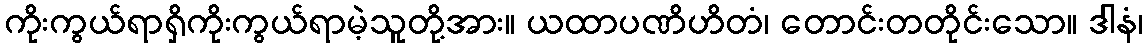
ကိုးကွယ်ရာရှိကိုးကွယ်ရာမဲ့သူတို့အား။ ယထာပဏိဟိတံ၊ တောင်းတတိုင်းသော။ ဒါနံ၊